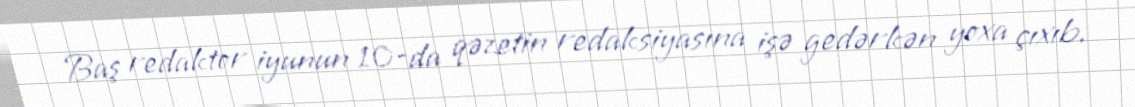
Baş redaktor iyunun 10-da qəzetin redaksiyasına işə gedərkən yoxa çıxıb.